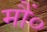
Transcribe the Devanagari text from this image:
मौं०